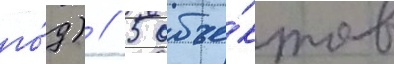
го́д) // 5 объе́ктов